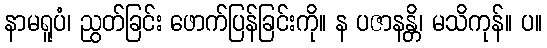
နာမရူပံ၊ ညွတ်ခြင်း ဖောက်ပြန်ခြင်းကို။ န ပဇာနန္တိ၊ မသိကုန်။ ပ။